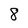
Character: 8